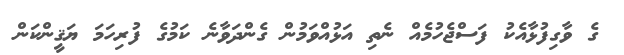
ގެ ވާގިފުޅާއެކު ފަސްޖެހުމެއް ނެތި އަޅުއްވަމުން ގެންދަވާނެ ކަމުގެ ފުރިހަމަ ޔަޤީންކަން